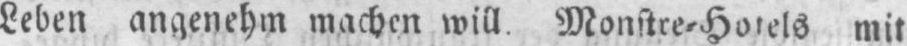
Leben angenehm machen will. Monstre⸗Hotels mit